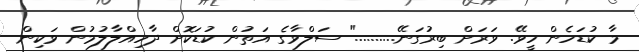
މާ ކުޑަހެން ހީވޭ. ވަރަށް ބިރުގަނޭ.........." ސަލްވާގެ އަތުން ކުޑަކޮށް ދާހިއްލާލުމުން ވަކިން